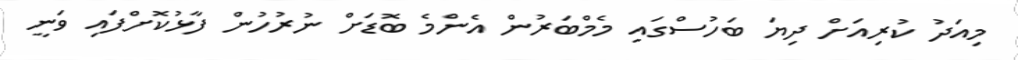
މިއަދު ކުރިއަށް ދިޔަ ބަހުސްގައި މެމްބަރުން އެންމެ ބޮޑަށް ނުރުހުން ފާޅުކޮށްފައި ވަނީ